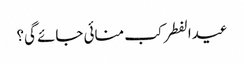
عیدالفطر کب منائی جائے گی؟